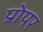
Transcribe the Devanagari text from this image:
प्रोपर